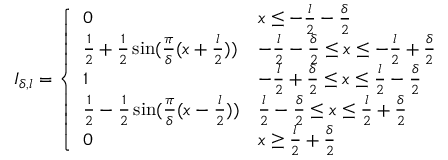
\begin{array} { r } { I _ { \delta , l } = \left\{ \begin{array} { l l } { 0 } & { x \leq - \frac { l } { 2 } - \frac { \delta } { 2 } } \\ { \frac { 1 } { 2 } + \frac { 1 } { 2 } \sin ( \frac { \pi } { \delta } ( x + \frac { l } { 2 } ) ) } & { - \frac { l } { 2 } - \frac { \delta } { 2 } \leq x \leq - \frac { l } { 2 } + \frac { \delta } { 2 } } \\ { 1 } & { - \frac { l } { 2 } + \frac { \delta } { 2 } \leq x \leq \frac { l } { 2 } - \frac { \delta } { 2 } } \\ { \frac { 1 } { 2 } - \frac { 1 } { 2 } \sin ( \frac { \pi } { \delta } ( x - \frac { l } { 2 } ) ) } & { \frac { l } { 2 } - \frac { \delta } { 2 } \leq x \leq \frac { l } { 2 } + \frac { \delta } { 2 } } \\ { 0 } & { x \geq \frac { l } { 2 } + \frac { \delta } { 2 } } \end{array} \right. } \end{array}